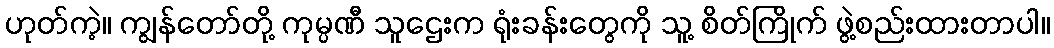
ဟုတ်ကဲ့။ ကျွန်တော်တို့ ကုမ္ပဏီ သူဌေးက ရုံးခန်းတွေကို သူ့ စိတ်ကြိုက် ဖွဲ့စည်းထားတာပါ။